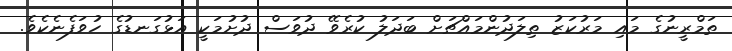
ތަމްރީނުގެ މައި މަރުކަޒު ތިލަދުންމައްޗަށް ބަދަލު ކުރެވޭ ދުވަސް ދުށުމަކީ އަޅުގަނޑުގެ ހުވަފެނެކެވެ.